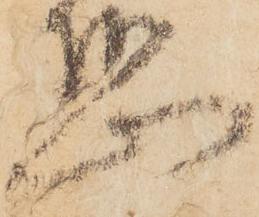
恐